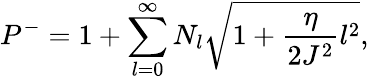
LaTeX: P^{-}=1+\sum_{l=0}^{\infty}N_{l}\sqrt{1+\frac{\eta}{2J^{2}}l^{2}},